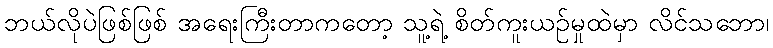
ဘယ်လိုပဲဖြစ်ဖြစ် အရေးကြီးတာကတော့ သူ့ရဲ့ စိတ်ကူးယဉ်မှုထဲမှာ လိင်သဘော၊